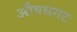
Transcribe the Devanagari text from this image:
औषधगट